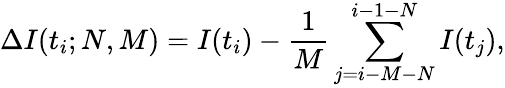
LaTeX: \Delta I(t_{i};N,M)=I(t_{i})-\frac{1}{M}\sum_{j=i-M-N}^{i-1-N}I(t_{j}),